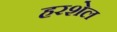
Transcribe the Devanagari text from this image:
हरशेल